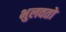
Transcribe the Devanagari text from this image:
भुलवतो